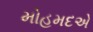
મોહમદએ